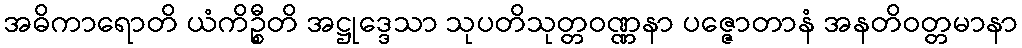
အဓိကာရောတိ ယံကိဉ္စီတိ အဋ္ဌုဒ္ဒေသာ သုပတိသုတ္တဝဏ္ဏနာ ပဇ္ဇောတာနံ အနတိဝတ္တမာနာ